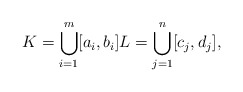
\begin{align*} K = \bigcup_{i=1}^m [a_i,b_i] L=\bigcup_{j=1}^n [c_j,d_j], \end{align*}